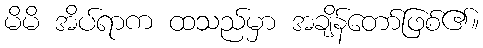
မိမိ အိပ်ရာက ထသည်မှာ အချိန်တော်ဖြစ်၏။